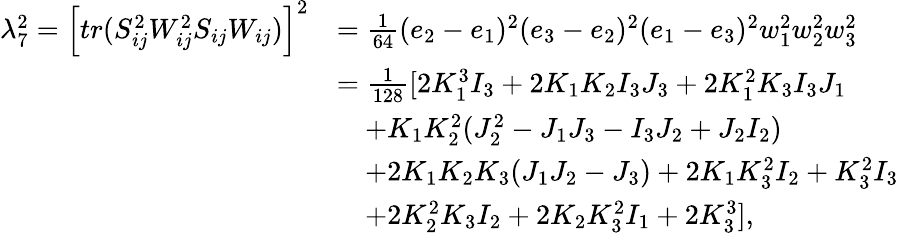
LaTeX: \begin{array}{rl}{\lambda_{7}^{2}=\left[tr(S_{ij}^{2}W_{ij}^{2}S_{ij}W_{ij})\right]^{2}}&{=\frac{1}{64}(e_{2}-e_{1})^{2}(e_{3}-e_{2})^{2}(e_{1}-e_{3})^{2}w_{1}^{2}w_{2}^{2}w_{3}^{2}}\\ &{=\frac{1}{128}[2K_{1}^{3}I_{3}+2K_{1}K_{2}I_{3}J_{3}+2K_{1}^{2}K_{3}I_{3}J_{1}}\\ &{\quad+K_{1}K_{2}^{2}(J_{2}^{2}-J_{1}J_{3}-I_{3}J_{2}+J_{2}I_{2})}\\ &{\quad+2K_{1}K_{2}K_{3}(J_{1}J_{2}-J_{3})+2K_{1}K_{3}^{2}I_{2}+K_{3}^{2}I_{3}}\\ &{\quad+2K_{2}^{2}K_{3}I_{2}+2K_{2}K_{3}^{2}I_{1}+2K_{3}^{3}],}\end{array}